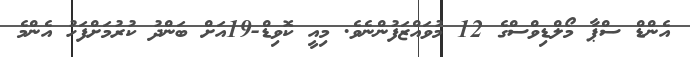
އެންޑް ސްޕާ މޯލްޑިވްސްގެ 12 މުވައްޒަފުންނެވެ. މިއީ ކޮވިޑް-19އަށް ބަންދު ކުރުމަށްފަހު އެންމެ